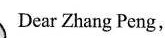
Dear Zhang Peng,